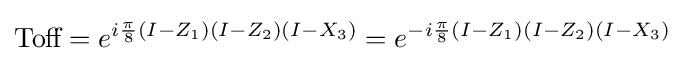
{\mbox{Toff}}=e^{i{\frac {\pi }{8}}(I-Z_{1})(I-Z_{2})(I-X_{3})}=e^{-i{\frac {\pi }{8}}(I-Z_{1})(I-Z_{2})(I-X_{3})}